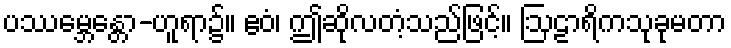
ပဿမ္ဘေန္တော-ဟူရာ၌။ ဧဝံ၊ ဤဆိုလတံ့သည်ဖြင့်။ ဩဠာရိကသုခုမတာ